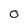
Character: 0